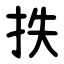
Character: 抶